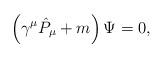
LaTeX: \begin{align*}\left( \gamma ^{\mu }\hat{P}_{\mu }+m\right) \Psi =0,\end{align*}